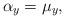
LaTeX: \begin{align*}\alpha_y=\mu_y,\end{align*}